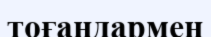
тоғандармен